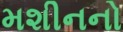
મશીનનો